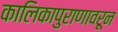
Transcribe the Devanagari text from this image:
कालिकापुराणावरून